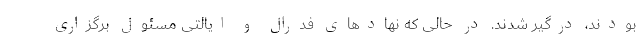
بودند، درگیر شدند. در حالی که نهادهای فدرال و ایالتی مسئول برگزاری